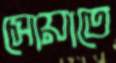
সোয়াতে